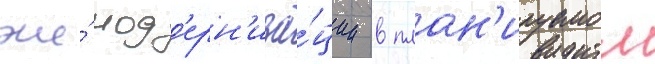
же́ мод'ерн'иза́ции в план'ируемом